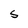
Character: S